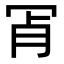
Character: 𦙎